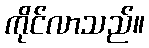
ကိုင်လာသည်။